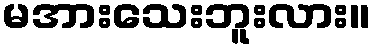
မအားသေးဘူးလား။